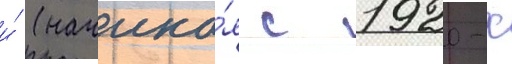
и́ (начина́я с 1920-х